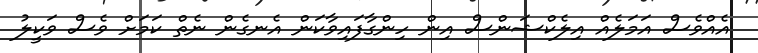
އެއްވެސް އަމަލެއް އިލެކްޝަންސް އިން ހިންގާފައިވާކަން އެނގެން ނެތް ކަމަށް ވެސް ވަކީލު